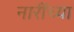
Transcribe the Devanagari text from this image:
नारींच्या